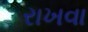
રાખવા